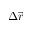
\Delta \vec { r }